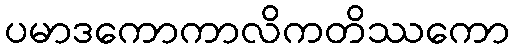
ပမာဒကောကာလိကတိဿကော